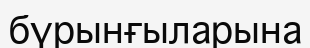
бүрынғыларына